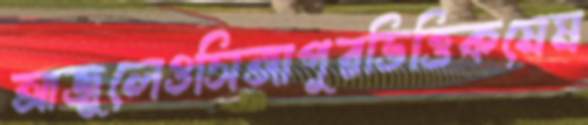
আজুলেওসিঙ্গাপুরভিত্তিকমেম